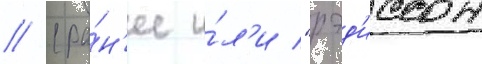
// (ра́н'ее и́л'и "рэд'иссон